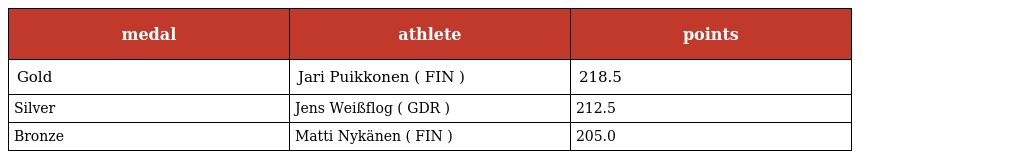
| medal | athlete | points |
 | --- | --- | --- |
 | Gold | Jari Puikkonen ( FIN ) | 218.5 |
 | Silver | Jens Weißflog ( GDR ) | 212.5 |
 | Bronze | Matti Nykänen ( FIN ) | 205.0 |